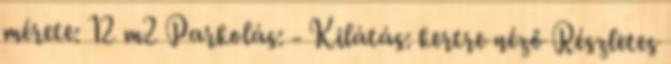
mérete: 12 m2 Parkolás: - Kilátás: kertre néző Részletes